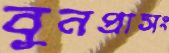
বুনপ্রাসং